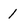
Character: 1